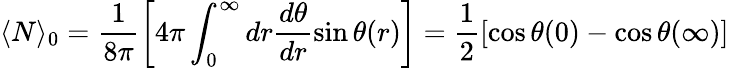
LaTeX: \langle N\rangle_{0}=\frac{1}{8\pi}\left[4\pi\int_{0}^{\infty}dr\frac{d\theta}{dr}\sin\theta(r)\right]=\frac{1}{2}\left[\cos\theta(0)-\cos\theta(\infty)\right]